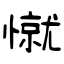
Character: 憱